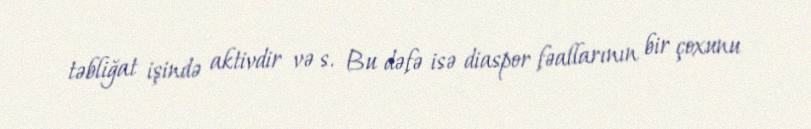
təbliğat işində aktivdir və s. Bu dəfə isə diaspor fəallarının bir çoxunu